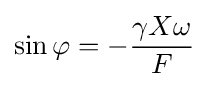
\sin \varphi =-{\frac {\gamma X\omega }{F}}